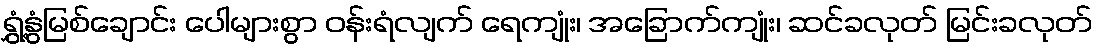
ရွှံ့နွံမြစ်ချောင်း ပေါများစွာ ဝန်းရံလျက် ရေကျုံး၊ အခြောက်ကျုံး၊ ဆင်ခလုတ် မြင်းခလုတ်